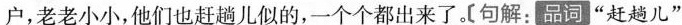
户,老老小小.他们也赶趟儿似的，一个个都出来了。句解，品词“赶趟儿‘’